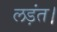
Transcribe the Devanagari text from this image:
लड़ंत।